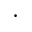
\cdot